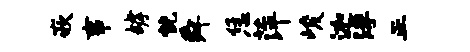
嵌事罅恍舜恁萍峻迦浮正